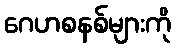
ဂေဟစနစ်များကို